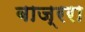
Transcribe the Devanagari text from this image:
बाज्ररा